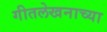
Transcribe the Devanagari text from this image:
गीतलेखनाच्या